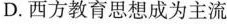
D.西方教育思想成为主流